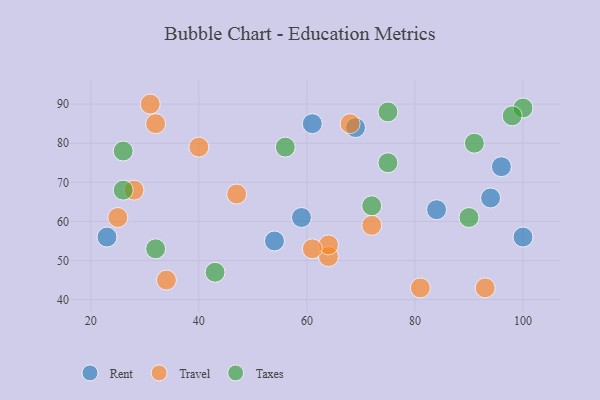
{"axis": {"x": "GDP", "y": "Life Expectancy"}, "legend": ["Rent", "Taxes", "Travel"], "data": [{"x": "84", "y": 63, "type": "Rent"}, {"x": "23", "y": 56, "type": "Rent"}, {"x": "61", "y": 85, "type": "Rent"}, {"x": "94", "y": 66, "type": "Rent"}, {"x": "69", "y": 84, "type": "Rent"}, {"x": "54", "y": 55, "type": "Rent"}, {"x": "96", "y": 74, "type": "Rent"}, {"x": "59", "y": 61, "type": "Rent"}, {"x": "100", "y": 56, "type": "Rent"}, {"x": "28", "y": 68, "type": "Travel"}, {"x": "25", "y": 61, "type": "Travel"}, {"x": "47", "y": 67, "type": "Travel"}, {"x": "64", "y": 51, "type": "Travel"}, {"x": "40", "y": 79, "type": "Travel"}, {"x": "93", "y": 43, "type": "Travel"}, {"x": "34", "y": 45, "type": "Travel"}, {"x": "64", "y": 54, "type": "Travel"}, {"x": "32", "y": 85, "type": "Travel"}, {"x": "61", "y": 53, "type": "Travel"}, {"x": "31", "y": 90, "type": "Travel"}, {"x": "68", "y": 85, "type": "Travel"}, {"x": "72", "y": 59, "type": "Travel"}, {"x": "81", "y": 43, "type": "Travel"}, {"x": "75", "y": 88, "type": "Taxes"}, {"x": "26", "y": 78, "type": "Taxes"}, {"x": "91", "y": 80, "type": "Taxes"}, {"x": "26", "y": 68, "type": "Taxes"}, {"x": "43", "y": 47, "type": "Taxes"}, {"x": "32", "y": 53, "type": "Taxes"}, {"x": "72", "y": 64, "type": "Taxes"}, {"x": "100", "y": 89, "type": "Taxes"}, {"x": "90", "y": 61, "type": "Taxes"}, {"x": "56", "y": 79, "type": "Taxes"}, {"x": "75", "y": 75, "type": "Taxes"}, {"x": "98", "y": 87, "type": "Taxes"}]}